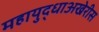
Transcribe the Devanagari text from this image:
महायुद्धाअखेरीस